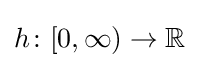
h\colon [0,\infty )\to \mathbb {R}